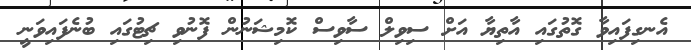
އެނގިފައިވާ ގޮތުގައި އާތިޔާ އަށް ސިިވިލް ސާވިސް ކޮމިޝަނުން ފޮނުވި ޗިޓުގައި ބުނެފައިވަނީ